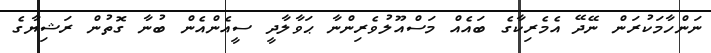
ނަންހާމަކުރަން ނޭދޭ އެމެރިކާގެ ބައެއް މަސްއޫލުވެރިންނާ ޙަވާލާދީ ސީއެންއެން ބުނާ ގޮތުން ރަޝިޔާގެ